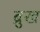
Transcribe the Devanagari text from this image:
ब्रुख